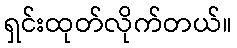
ရှင်းထုတ်လိုက်တယ်။